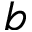
b